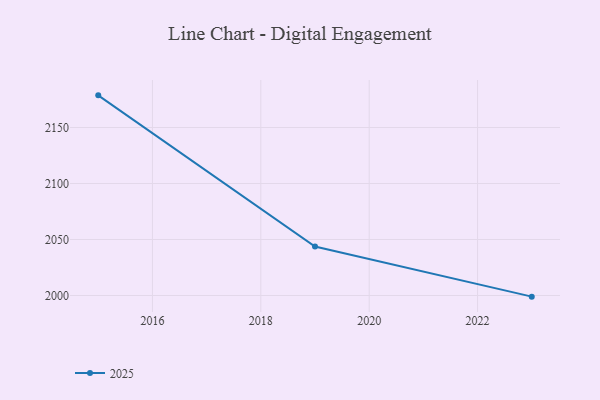
{"axis": {"x": "Year", "y": "Satisfaction Score"}, "legend": ["2025"], "data": [{"x": "2015", "y": 2178.7, "type": "2025"}, {"x": "2019", "y": 2043.8, "type": "2025"}, {"x": "2023", "y": 1999.0, "type": "2025"}]}